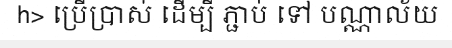
h> ប្រើប្រាស់ ដើម្បី ភ្ជាប់ ទៅ បណ្ណាល័យ